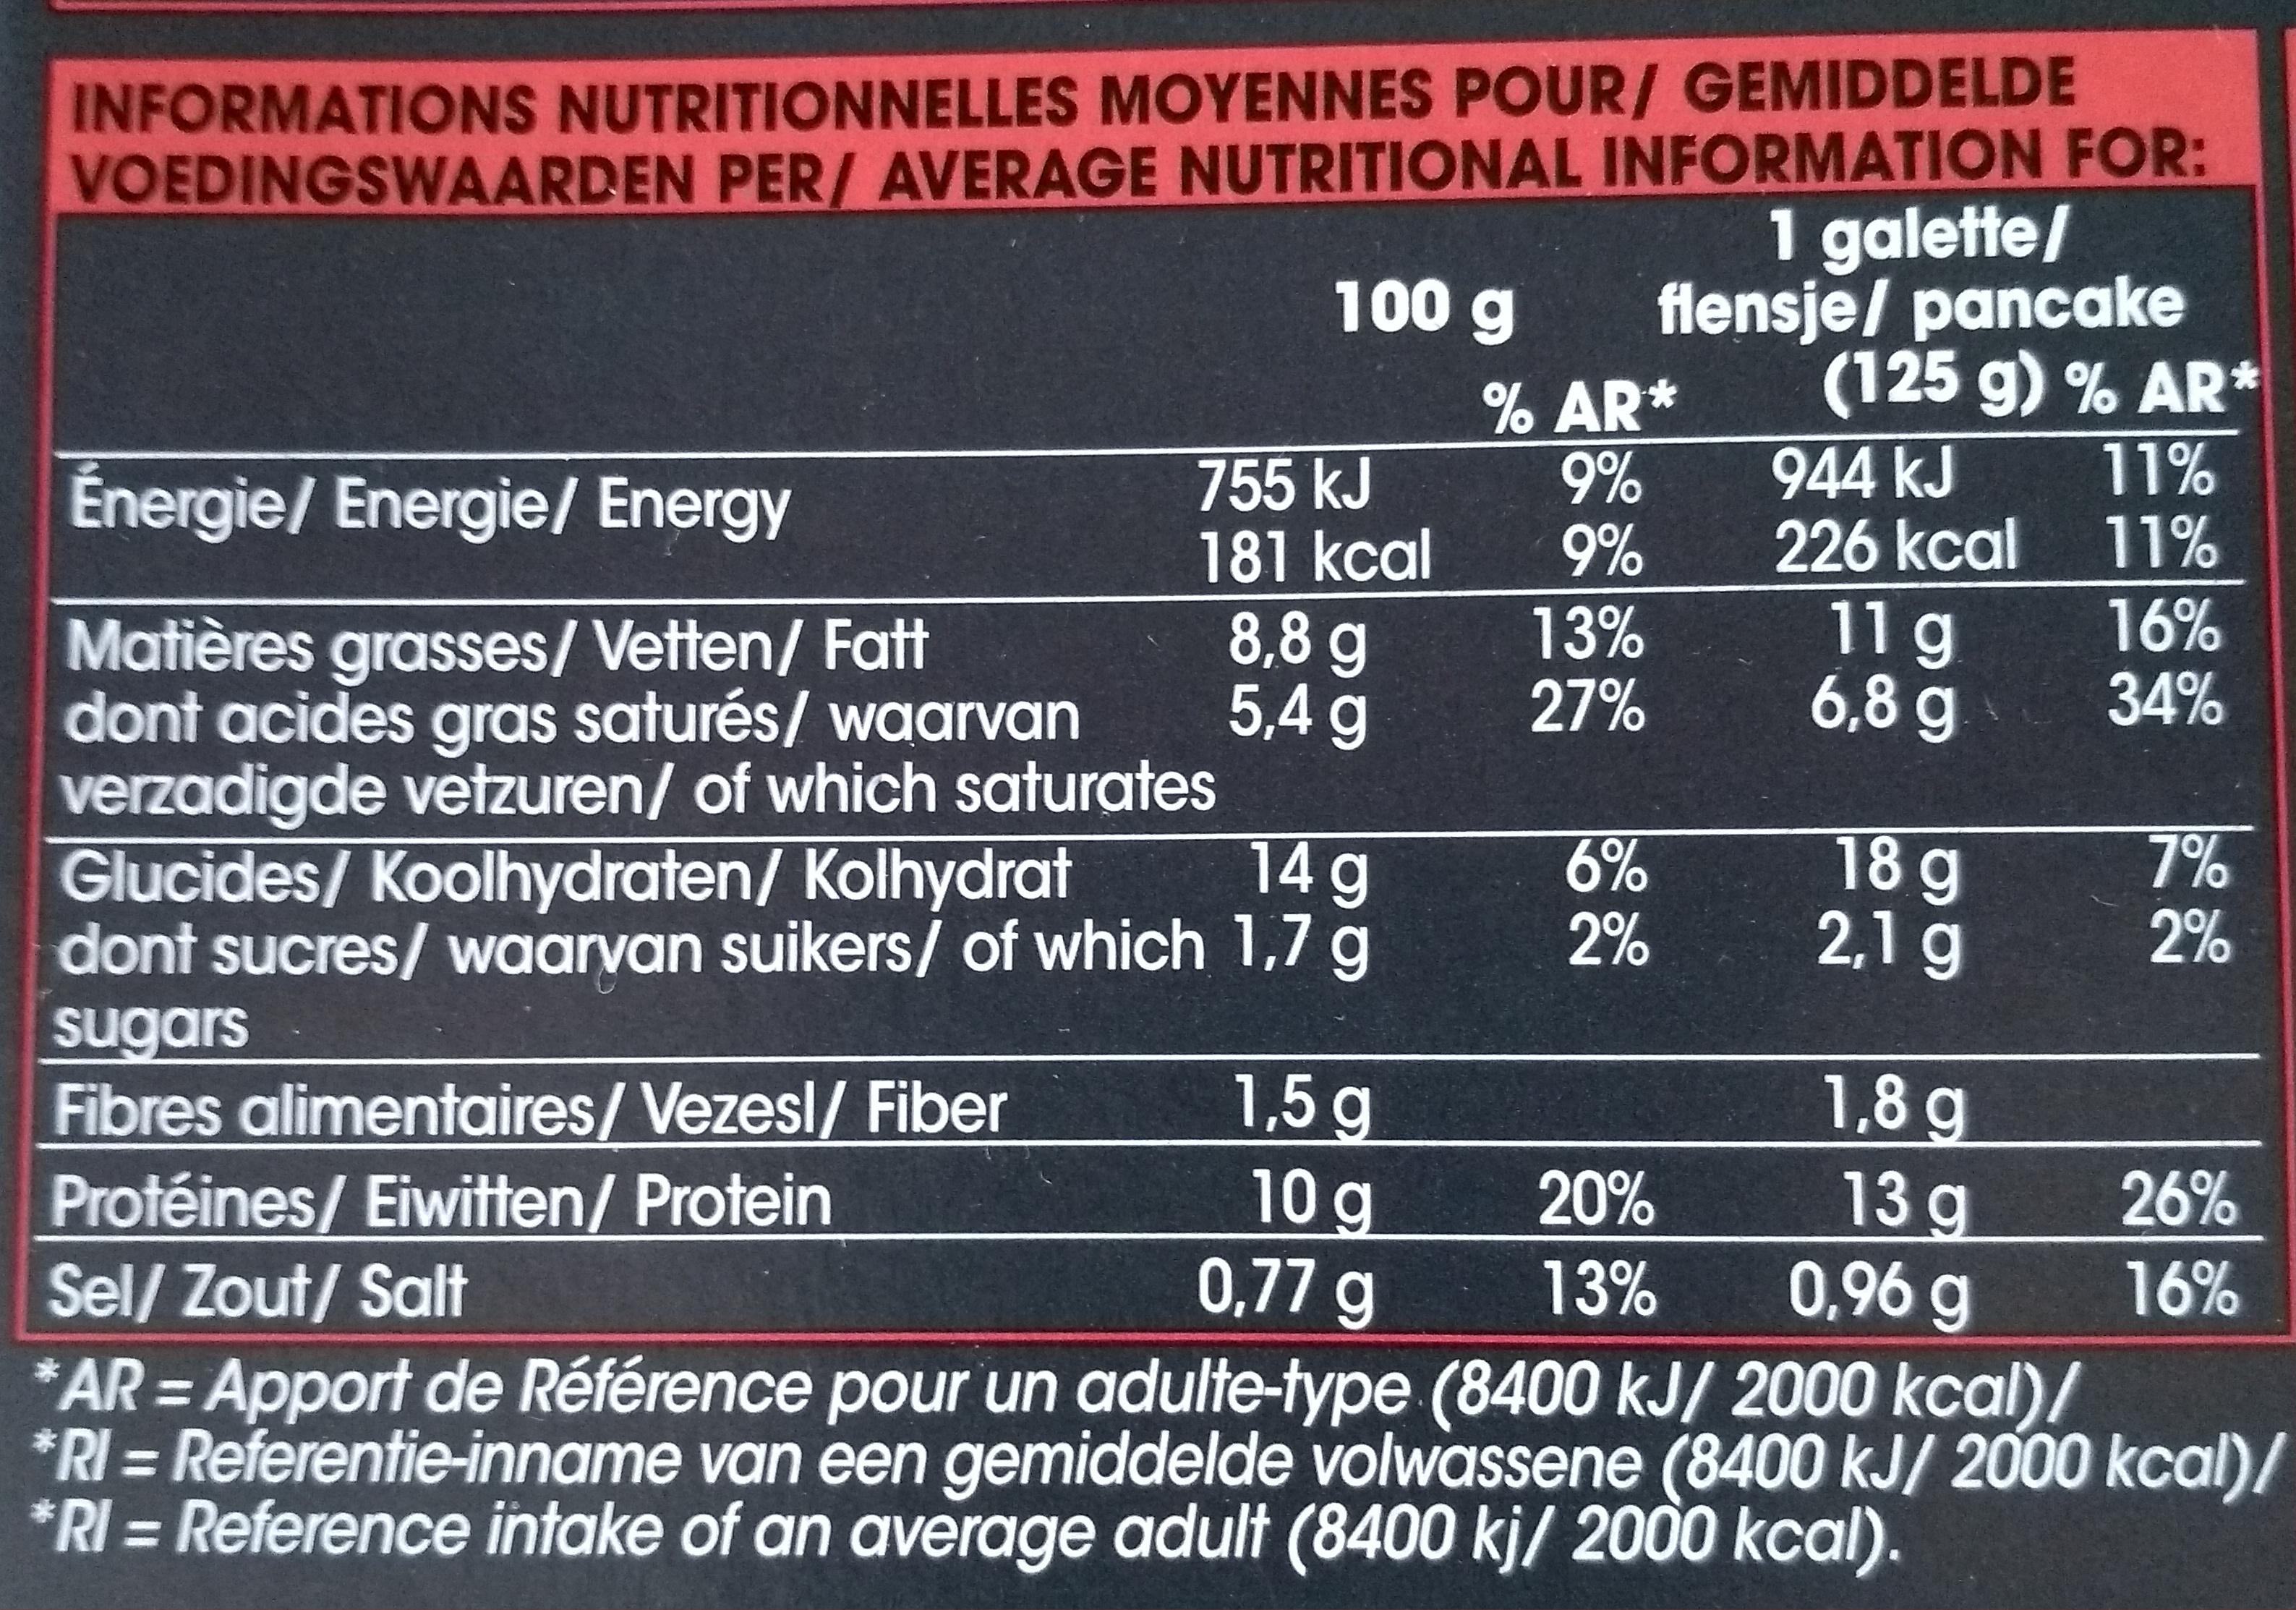
INFORMATIONS NUTRITIONNELLES MOYENNES POUR/ GEMIDDELDE VOEDINGSWAARDEN PER/ AVERAGE NUTRITIONAL INFORMATION FOR:
1 galette/
flensje/ pancake (125 g) % AR*
100 g
755 kJ
181 kcal
Énergie/ Energie/ Energy
Matières grasses/Vetten/ Fatt dont acides gras saturés/ waarvan verzadigde vetzuren/ of which saturates Glucides/ Koolhydraten/ Kolhydrat dont sucres/ waarvan suikers/ of which sugars
Fibres alimentaires/ Vezesl/ Fiber
Protéines/ Eiwitten/ Protein
8,8 g
5,4 g
14 g
1,7 g
1,5 g
10 g
0,77 g
% AR*
9%
9%
13%
27%
6%
2%
20%
13%
944 kJ
226 kcal
11 g
6,8 g
18 g
2,1 g
1,8 g
13 g
0,96 g
11%
11%
16%
34%
7%
2%
26%
16%
Sel/ Zout/ Salt
*AR-Apport de Référence pour un adulte-type (8400 kJ/ 2000 kcal)/ *RI = Referentie-inname van een gemiddelde volwassene (8400 kJ/ 2000 kcal)/ *RI = Reference intake of an average adult (8400 kj/ 2000 kcal).